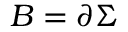
{ \cal B } = \partial \Sigma